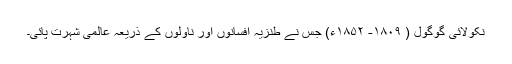
نکولائی گوگول ( ۱۸۰۹- ۱۸۵۲ء) جس نے طنزیہ افسانوں اور ناولوں کے ذریعہ عالمی شہرت پائی۔